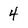
Character: 4